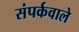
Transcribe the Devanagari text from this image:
संपर्कवाले